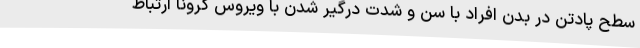
سطح پادتن در بدن افراد با سن و شدت درگیر شدن با ویروس کرونا ارتباط